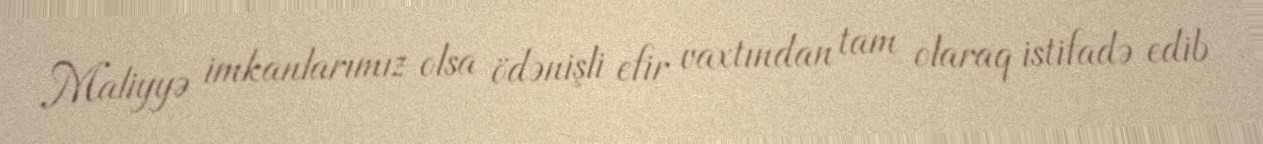
Maliyyə imkanlarımız olsa ödənişli efir vaxtından tam olaraq istifadə edib